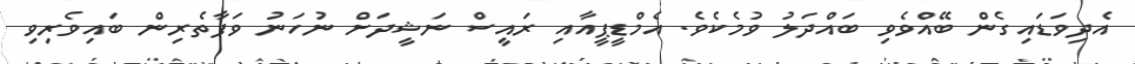
އެދިވަޑައިގެން ބޭއްވެވި ބައްދަލު ވުމެކެވެ. އެމްޑީޕީއާއި ރައީސް ނަޝީދަށް ނުހަނު ވަފާތެރިން ބައިވެރިވި